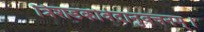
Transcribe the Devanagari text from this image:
त्रिशडकोर्वेदानुवचनम्।